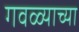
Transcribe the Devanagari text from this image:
गवळ्याच्या